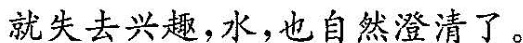
就失去兴趣，水，也自然澄清了。